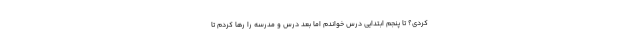
کردی؟ تا پنجم ابتدایی درس خواندم اما بعد درس و مدرسه را رها کردم تا